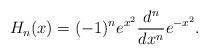
LaTeX: \begin{align*}H_{n}(x)=(-1)^{n}e^{x^{2}}\frac{d^{n}}{dx^{n}}e^{-x^{2}}.\end{align*}